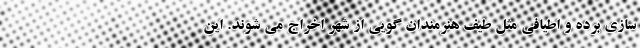
سازی برده و اطیافی مثل طیف هنرمندان گویی از شهر اخراج می شوند. این